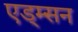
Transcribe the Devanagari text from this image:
एड्म्सन